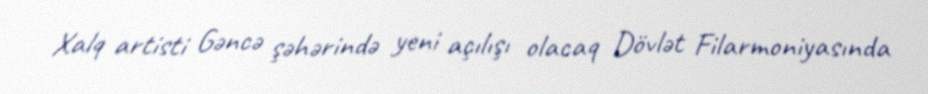
Xalq artisti Gəncə şəhərində yeni açılışı olacaq Dövlət Filarmoniyasında